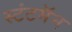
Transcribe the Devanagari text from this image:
स्टंटमॅन